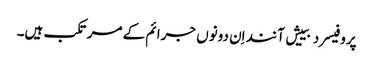
پروفیسر دبییش آنند اِن دونوں جرائم کے مرتکب ہیں۔